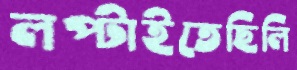
লপ্‌টাইতেছিলি